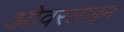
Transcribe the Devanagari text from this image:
ओवरलाइन